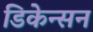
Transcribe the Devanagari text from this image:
डिकेन्सन